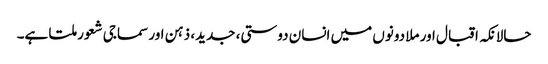
حالانکہ اقبال اور ملا دونوں میں انسان دوستی، جدید، ذہن اور سماجی شعور ملتا ہے۔